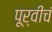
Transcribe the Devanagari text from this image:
पूर्वीचं